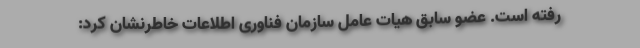
رفته است. عضو سابق هیات عامل سازمان فناوری اطلاعات خاطرنشان کرد: